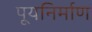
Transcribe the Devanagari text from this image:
पूयनिर्माण